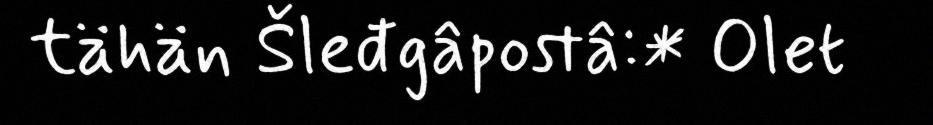
tähän Šleđgâpostâ:* Olet